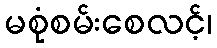
မစုံစမ်းစေလင့်၊